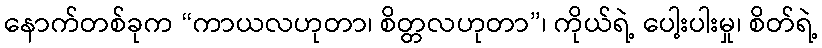
နောက်တစ်ခုက “ကာယလဟုတာ၊ စိတ္တလဟုတာ”၊ ကိုယ်ရဲ့ ပေါ့းပါးမှု၊ စိတ်ရဲ့